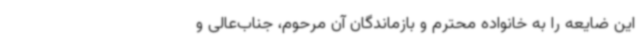
این ضایعه را به خانواده محترم و بازماندگان آن مرحوم، جناب‌عالی و